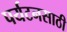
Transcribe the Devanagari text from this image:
पर्यटनसाठी